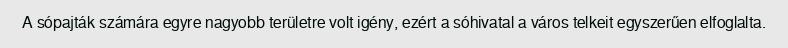
A sópajták számára egyre nagyobb területre volt igény, ezért a sóhivatal a város telkeit egyszerűen elfoglalta.